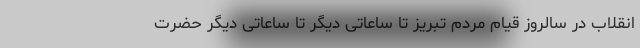
انقلاب در سالروز قیام مردم تبریز تا ساعاتی دیگر تا ساعاتی دیگر حضرت